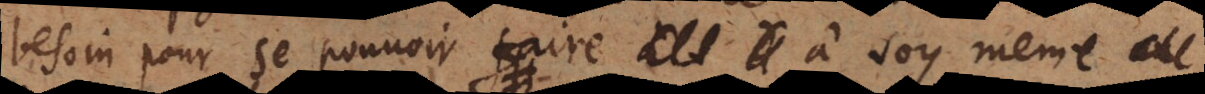
besoin pour se pouvoir faire à soy meme